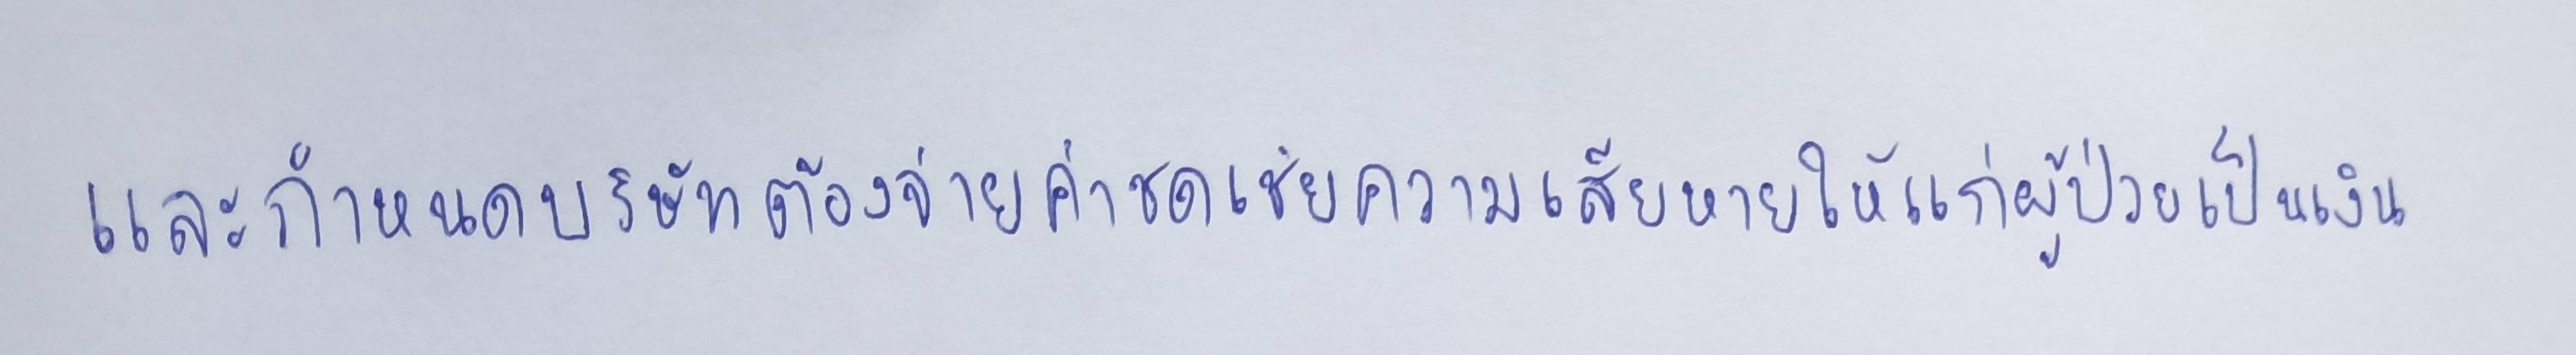
และกำหนดบริษัทต้องจ่ายค่าชดเชยความเสียหายให้แก่ผู้ป่วยเป็นเงิน